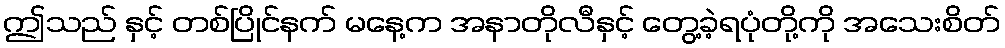
ဤသည် နှင့် တစ်ပြိုင်နက် မနေ့က အနာတိုလီနှင့် တွေ့ခဲ့ရပုံတို့ကို အသေးစိတ်